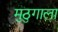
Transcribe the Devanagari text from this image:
मुठुगाला